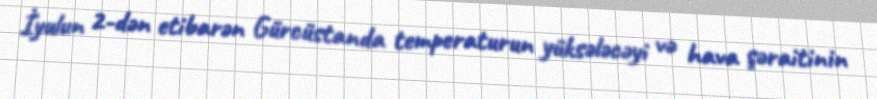
İyulun 2-dən etibarən Gürcüstanda temperaturun yüksələcəyi və hava şəraitinin